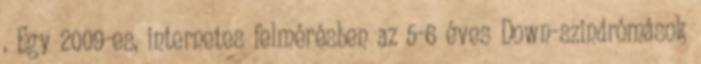
. Egy 2009-es, internetes felmérésben az 5-6 éves Down-szindrómások